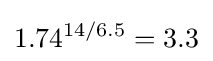
1.74^{14/6.5}=3.3